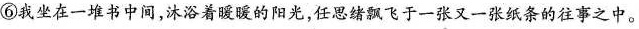
⑥我坐在一堆书中间，沐浴着暖暖的阳光，任思绪飞于一张又一张纸条的往事之中。